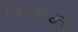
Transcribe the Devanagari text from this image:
तकने